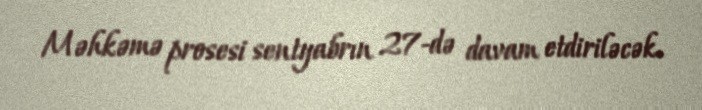
Məhkəmə prosesi sentyabrın 27-də davam etdiriləcək.